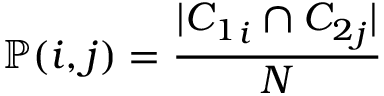
\mathbb { P } ( i , j ) = \frac { | { C _ { 1 } } _ { i } \cap { C _ { 2 } } _ { j } | } { N }